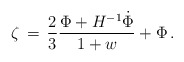
\begin{align*}\zeta \, = \, {2 \over 3} {{\Phi + H^{-1}{\dot \Phi}} \over {1 + w}}+ \Phi \, .\end{align*}